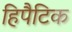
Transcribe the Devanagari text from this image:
हिपैटिक